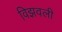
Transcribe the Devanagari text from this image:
विझवली